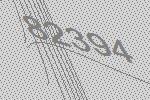
82394